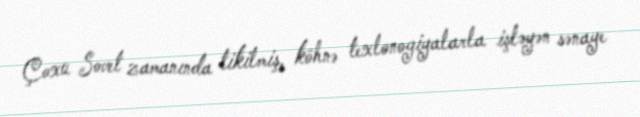
Çoxu Sovet zamanında tikilmiş, köhnə texlonogiyalarla işləyən sənaye